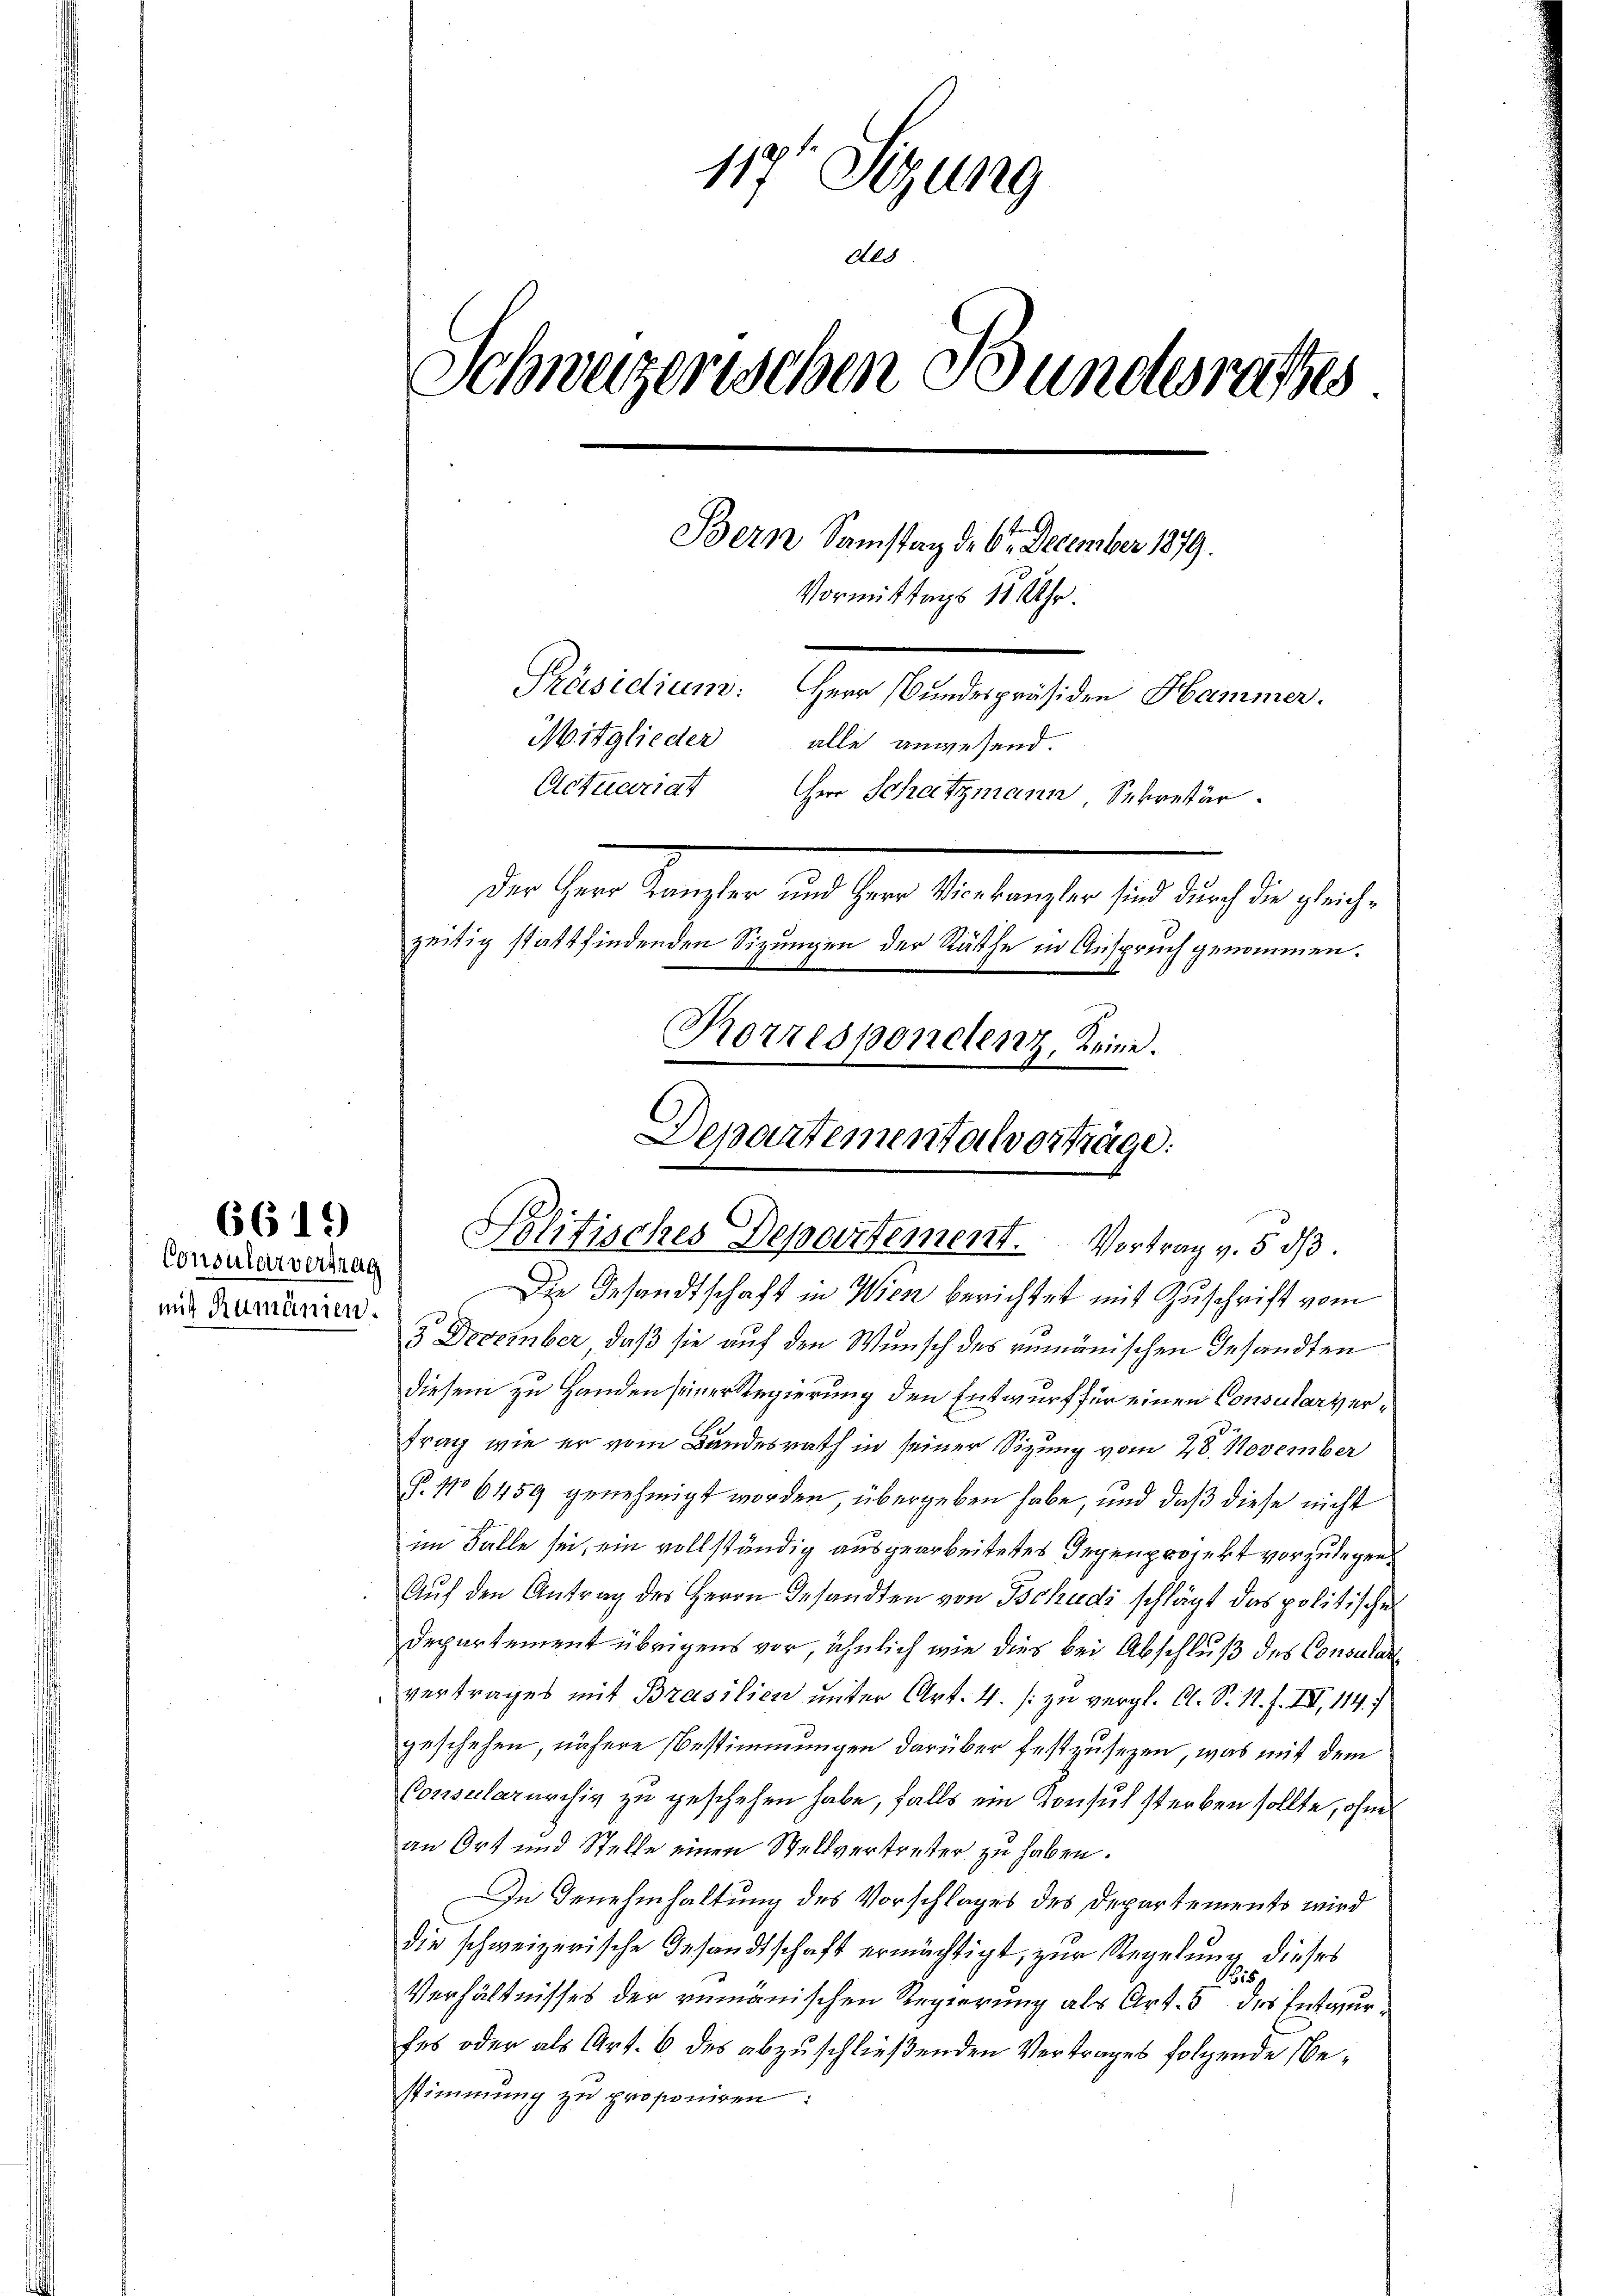
Consuler vertrag
mit Rumänien.

6619

119 Sizung
Ald
Schweizerischen Bundesrathes
Bern Samstag der 6ten December 1879.
Vormittags 11 Uhr.
Präsidium: Herr Bundespräsiden Hammer.
Mitglieder alle anwesend.
Actuariat
Herr Schatzmann, Sekretär
Der Herr Kanzler und Herr Vicekanzler sind durch die gleichzeitig stattfindenden Sizungen der Räthe in Anspruch genommen.
Korresponetenz, keine.

Die Gesandtschaft in Wien berichtet mit Zuschrift vom
3 December, daß sie auf den Wunsch des rumänischen Gesandten
diesem zu Handen seiner Regierung den Entwurf für einen Consularver¬
Frag wie er vom Bundesrath in seiner Sizung vom 28. November
P. 106459 genehmigt worden, übergeben habe, und daß diese nicht
im Falle sei, ein vollständig ausgearbeitetes Gegenprojekt vorzulegen.
Auf den Antrag des Herrn Gesandten von Tschudi schlägt das politischen
Departement übrigens vor, ähnlich wie dies bei Abschluß des Consulat
vertrages mit Brasilien unter Art. 4. / zu vergl. A. S. R. F. III 114.
geschehen, nähere Bestimmungen darüber festzusezen, was mit dem
Consulararchiv zu geschehen habe, falls ein Konsul sterben sollte, ohne
an Ort und Stelle einen Stellvertreter zu haben.
In Genehmhaltung des Vorschlages des Departements wird
die schweizerische Gesandtschaft ermächtigt, zur Regelung dieses
Bi
Verhältnisses der rumänischen Regierung als Art. 5 des Entwurfes oder als Art. 6 des abzuschließenden Vertrages folgende Bestimmung zu proponiren:

Departementalverträge:
Politisches Departement. Vortrag v. 5. dß.